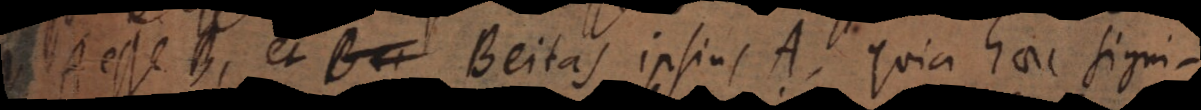
esse B, et Beitas ipsius A, quia haec signi